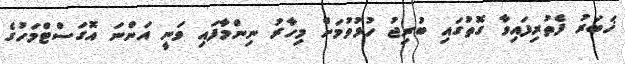
ޚަބަރު ފެތުރިފައިވާ ގޮތުގައި ބުރިޖު ހުޅުވުމަށް މިހާރު ނިންމާފައި ވަނީ އަންނަ އޮގަސްޓްމަހުގެ